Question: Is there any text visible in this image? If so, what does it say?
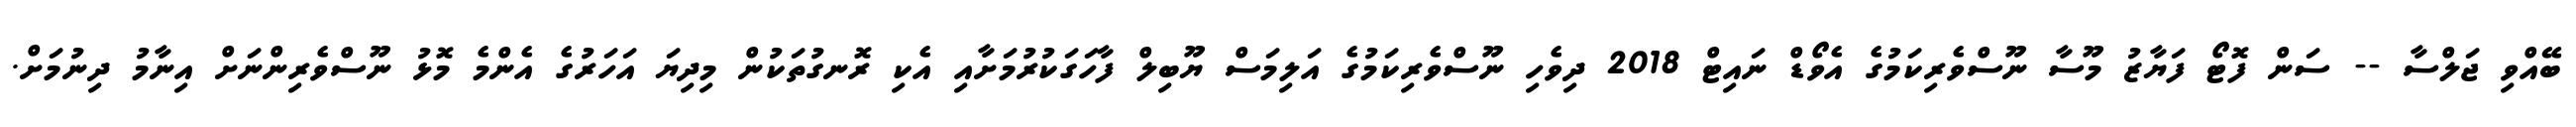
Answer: ބޭއްވި ޖަލްސާ -- ސަން ފޮޓޯ ފަޔާޒު މޫސާ ނޫސްވެރިކަމުގެ އެވޯޑް ނައިޓް 2018 ދިވެހި ނޫސްވެރިކަމުގެ އަލިމަސް ޔޫބިލް ފާހަގަކުރުމަށާއި އެކި ރޮނގުތަކުން މިދިޔަ އަހަރުގެ އެންމެ މޮޅު ނޫސްވެރިންނަށް އިނާމު ދިނުމަށް.